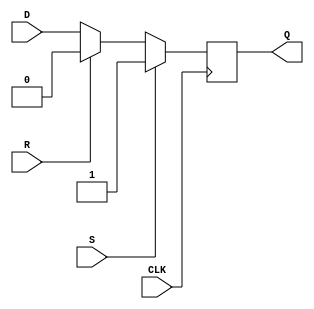
module d_flip_flop (
    input wire D,    // Data input
    input wire S,    // Set input
    input wire R,    // Reset input
    input wire CLK,  // Clock input
    output reg Q     // Output
);

always @(posedge CLK)
begin
    if (S)
        Q <= 1; // Set the flip-flop to 1
    else if (R)
        Q <= 0; // Reset the flip-flop to 0
    else
        Q <= D; // Store the input data
end

endmodule